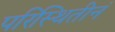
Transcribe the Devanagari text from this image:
परिस्थितीनं